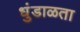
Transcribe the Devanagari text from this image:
धुंडाळता